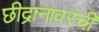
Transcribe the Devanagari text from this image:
छीद्रानावरची